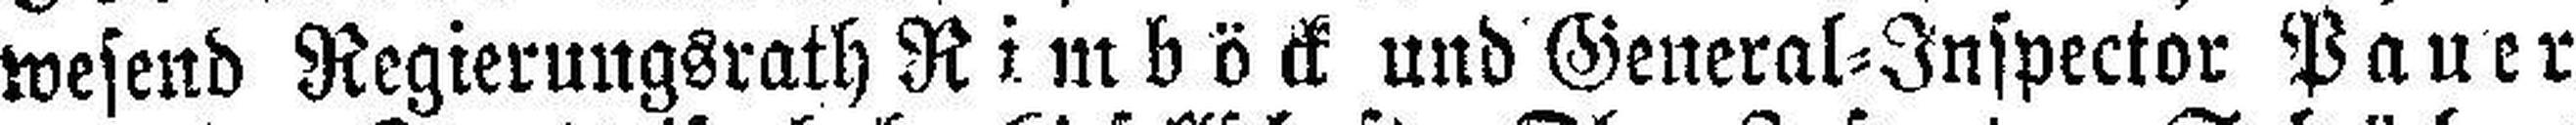
wesend Regierungsrath Rimböck und General=Inspector Pauer